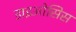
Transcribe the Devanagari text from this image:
डाइओसिस